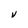
Character: V